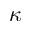
\boldsymbol { \kappa }